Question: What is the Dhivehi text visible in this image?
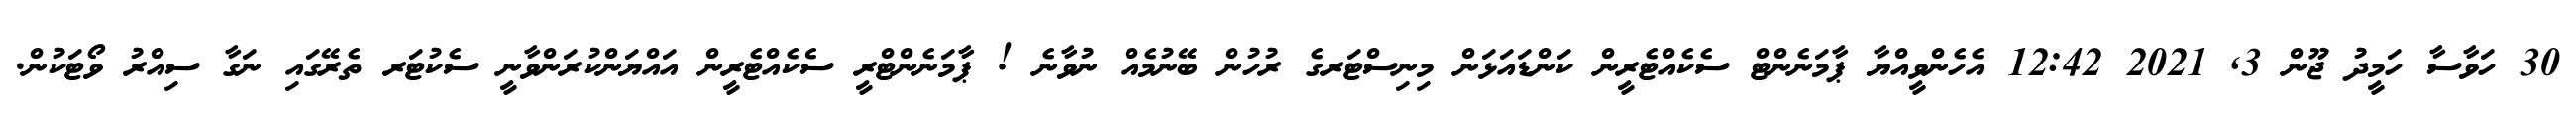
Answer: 30 ހަވާސާ ހަމީދު ޖޫން 3, 2021 12:42 އެހެންވީއްޔާ ޕާމަނެންޓް ސެކެއްޓެރީން ކަންޑައަޅަން މިނިސްޓަރގެ ރުހުން ބޭނުމެއް ނުވާނެ ! ޕާމަނެންޓްރީ ސެކެއްޓެރީން އައްޔަންކުރަންވާނީ ސެކުޓަރ ތެރޭގައި ނަގާ ސިއްރު ވޯޓަކުން.